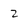
Character: Z